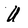
Character: U